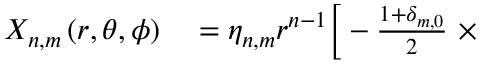
\begin{array} { r l } { X _ { n , m } \left( r , \theta , \phi \right) } & { { } = \eta _ { n , m } r ^ { n - 1 } \Big [ - \frac { 1 + \delta _ { m , 0 } } { 2 } \ \times } \end{array}